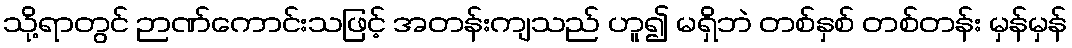
သို့ရာတွင် ဉာဏ်ကောင်းသဖြင့် အတန်းကျသည် ဟူ၍ မရှိဘဲ တစ်နှစ် တစ်တန်း မှန်မှန်